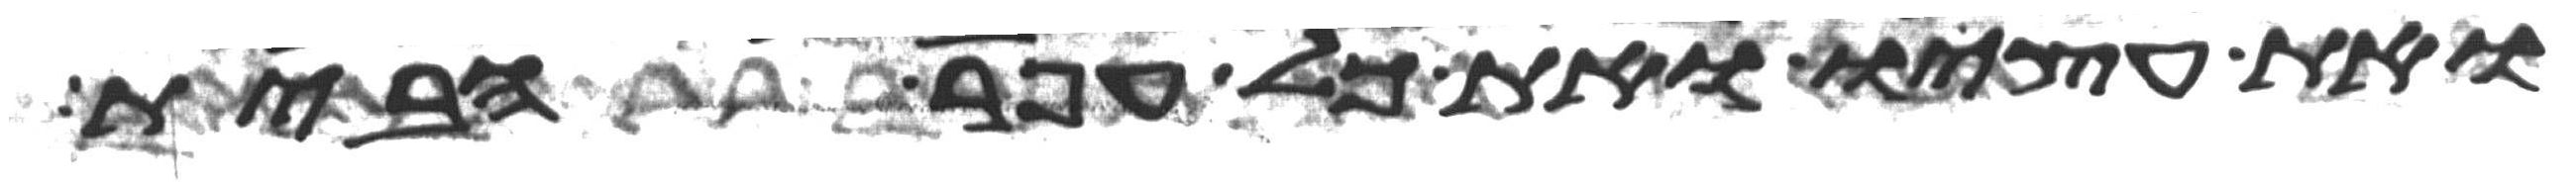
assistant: ואת עציו ואת כל עפר הבית